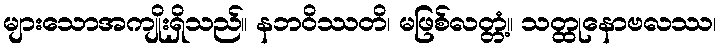
များသောအကျိုးရှိသည်။ နဘဝိဿတိ၊ မဖြစ်လတ္တံ့။ သတ္ထုနောဗလဿ၊